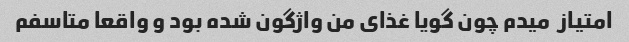
امتیاز  میدم چون گویا غذای من واژگون شده بود و واقعا متاسفم